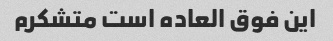
این فوق العاده است متشکرم